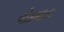
લોકમાતા